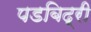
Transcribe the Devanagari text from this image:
पडबिद्री